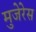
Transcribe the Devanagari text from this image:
मुजेरेस